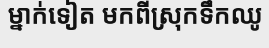
ម្នាក់ទៀត មកពីស្រុកទឹកឈូ